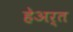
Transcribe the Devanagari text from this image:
हेअर्त